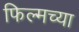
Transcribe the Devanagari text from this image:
फिल्मच्या